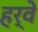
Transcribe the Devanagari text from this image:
हर्वे